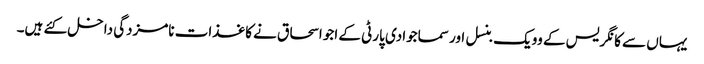
یہاں سے کانگریس کے وویک بنسل اور سماجوادی پارٹی کے اجو اسحاق نے کاغذات نامزدگی داخل کئے ہیں۔